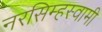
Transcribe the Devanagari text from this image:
नरसिम्हस्वामी